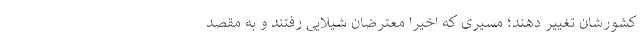
کشورشان تغییر دهند؛ مسیری که اخیرا معترضان شیلایی رفتند و به مقصد